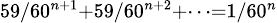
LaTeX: \scriptstyle 59/60^{n+1}+59/60^{n+2}+\dots=1/60^{n}